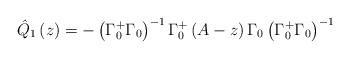
LaTeX: \begin{align*}\hat{Q}_{1}\left( z \right)=-\left( \Gamma_{0}^{+}\Gamma_{0} \right)^{-1}\Gamma_{0}^{+}\left( A-z \right)\Gamma_{0}\left( \Gamma _{0}^{+}\Gamma_{0} \right)^{-1}\end{align*}